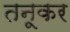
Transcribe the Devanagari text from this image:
तनूकर